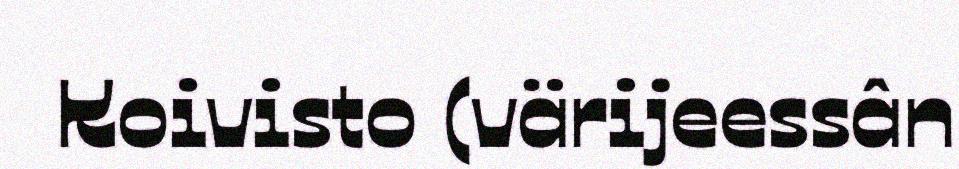
Koivisto (värijeessân